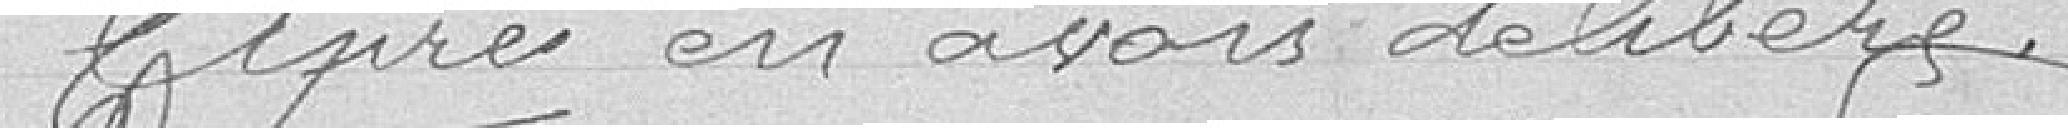
Après en avoir délibéré,